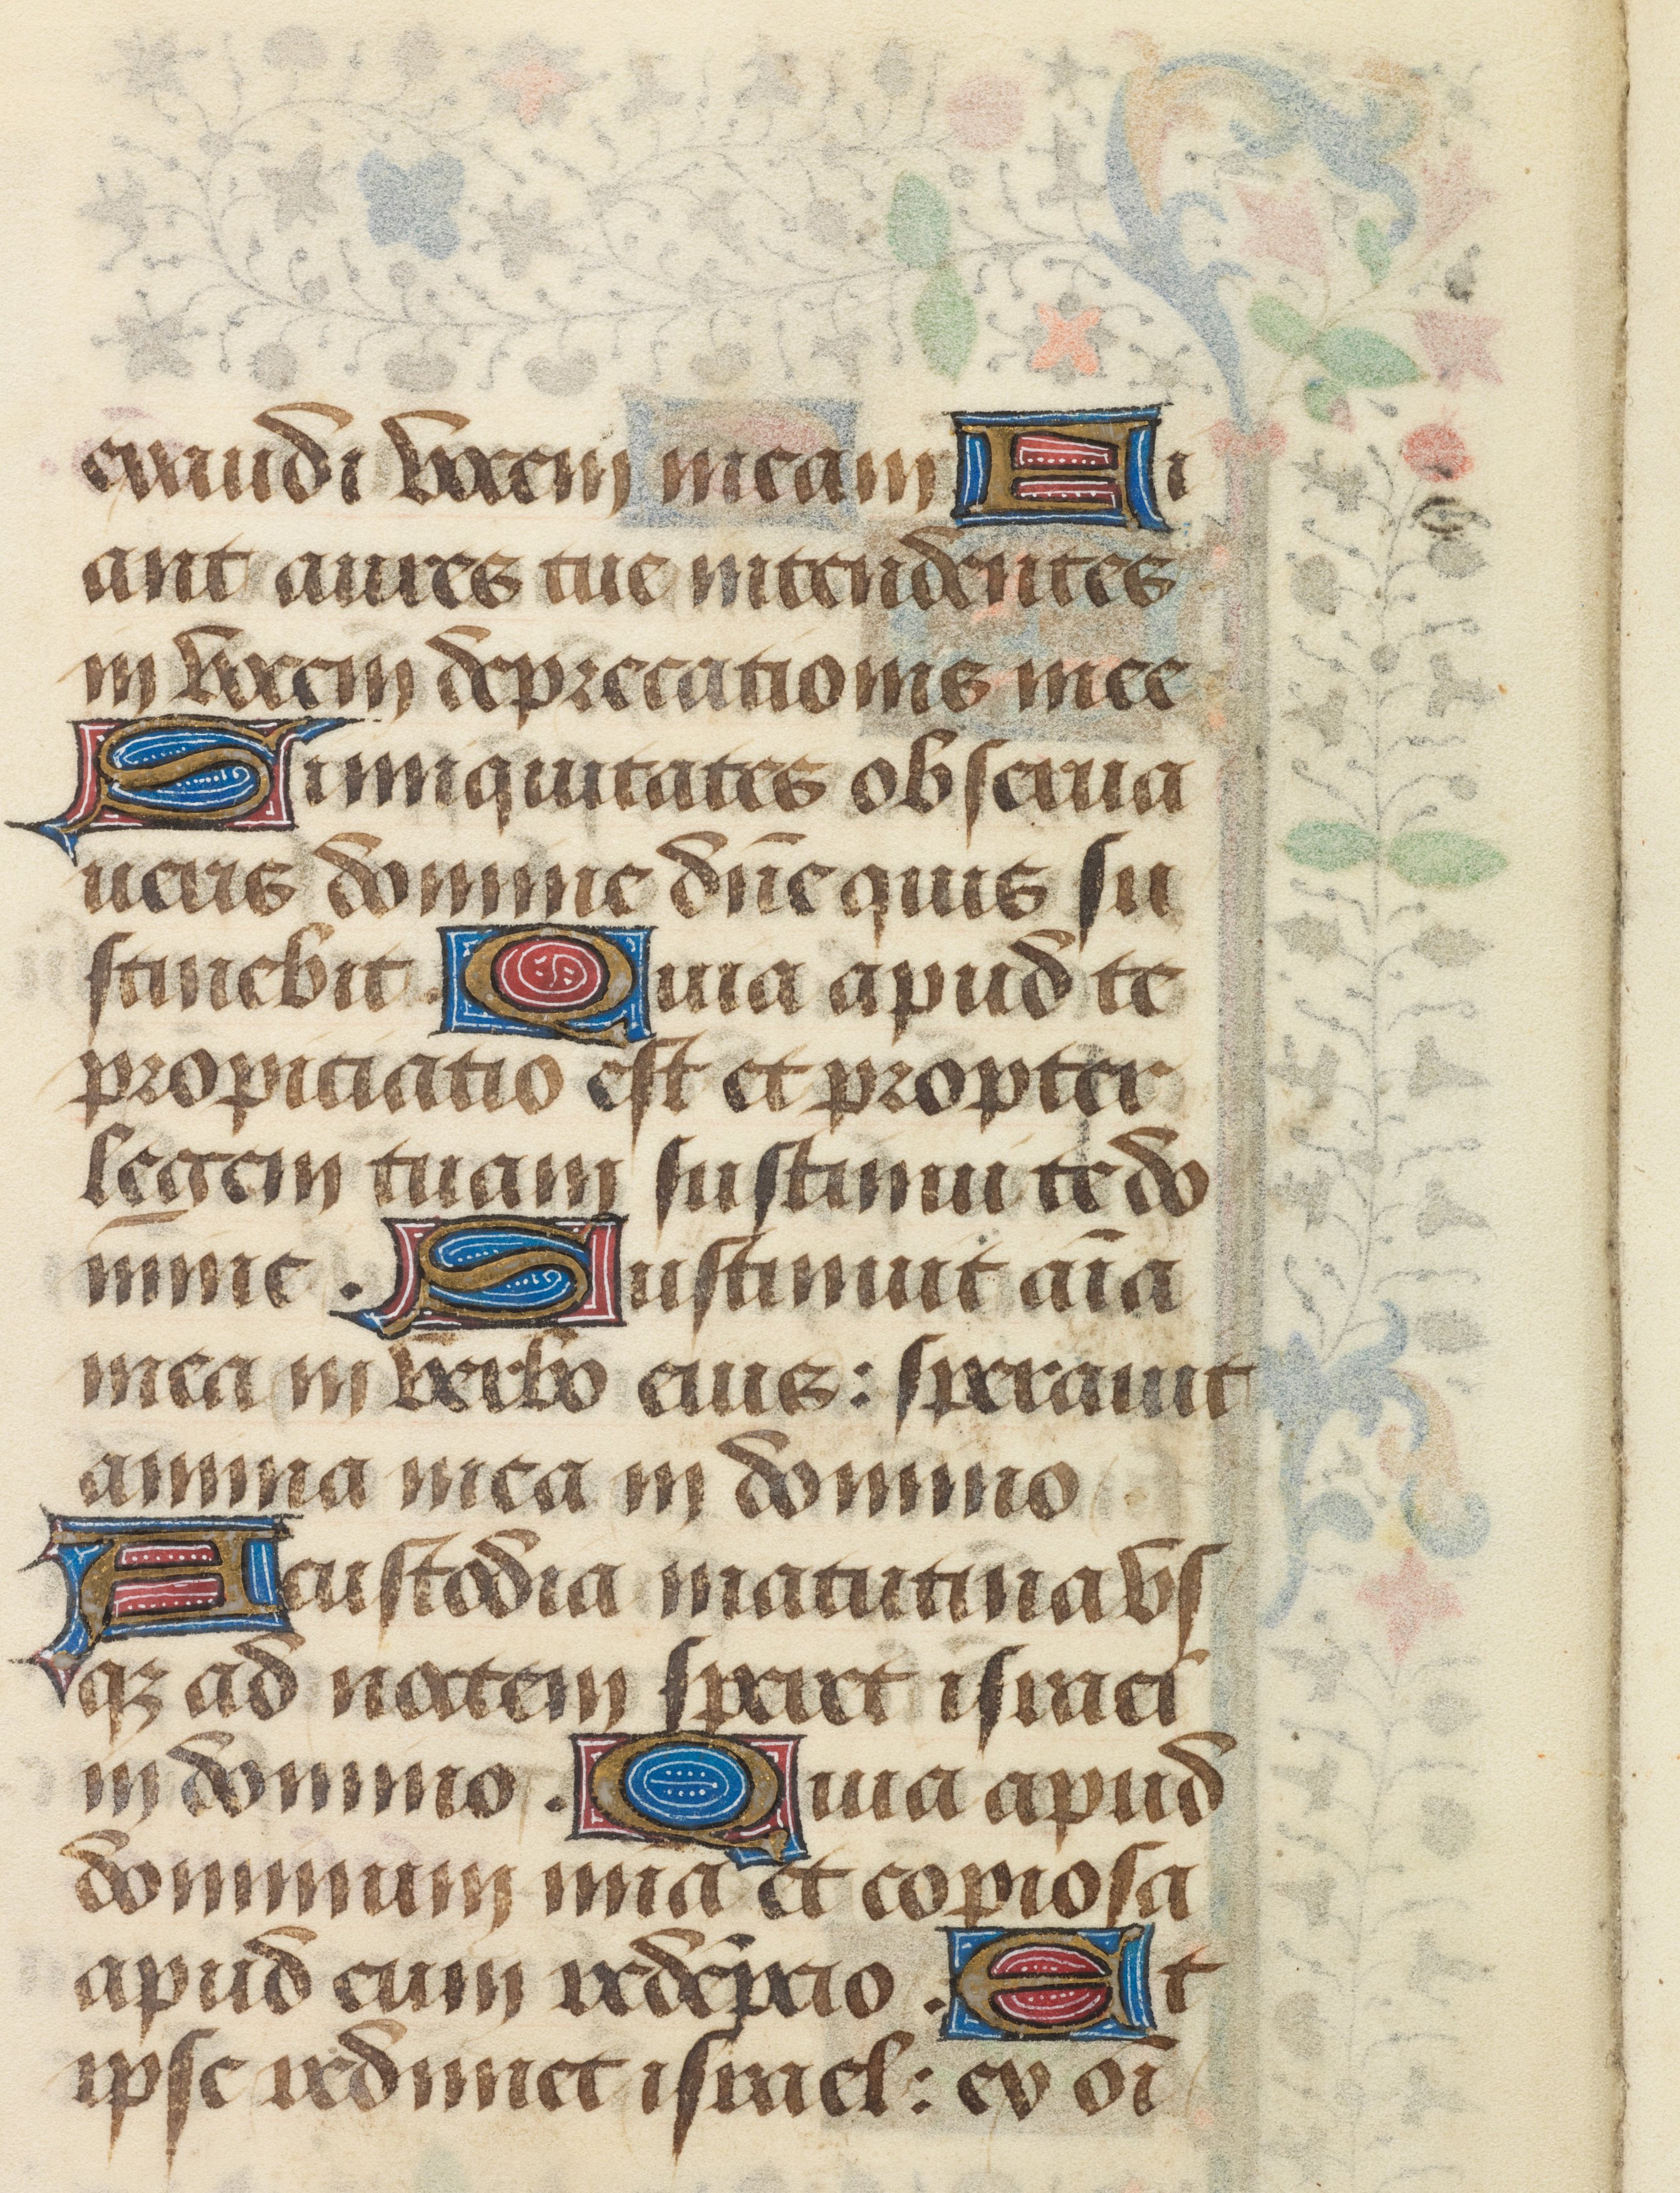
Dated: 1458–1460